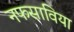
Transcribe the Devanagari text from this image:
नफसाविया